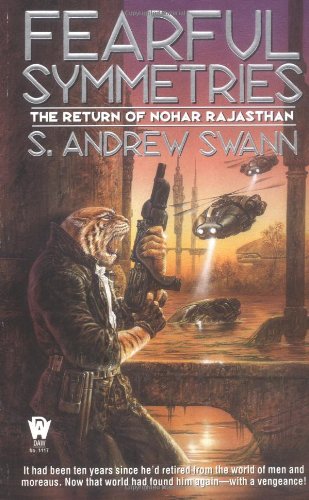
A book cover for Fearful Symmetries: The Return of Nohar Rajasthan (Moreau, Bk. 4); S. Andrew Swann; Science Fiction & Fantasy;